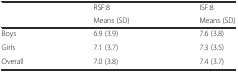
<table><thead><tr><td rowspan="2"></td><td><b>RSF:8</b></td><td><b>ISF:8</b></td></tr><tr><td><b>Means (SD)</b></td><td><b>Means (SD)</b></td></tr></thead><tbody><tr><td>Boys</td><td>6.9 (3.9)</td><td>7.6 (3.8)</td></tr><tr><td>Girls</td><td>7.1 (3.7)</td><td>7.3 (3.5)</td></tr><tr><td>Overall</td><td>7.0 (3.8)</td><td>7.4 (3.7)</td></tr></tbody></table>